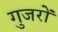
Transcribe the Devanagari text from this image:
गुजरों